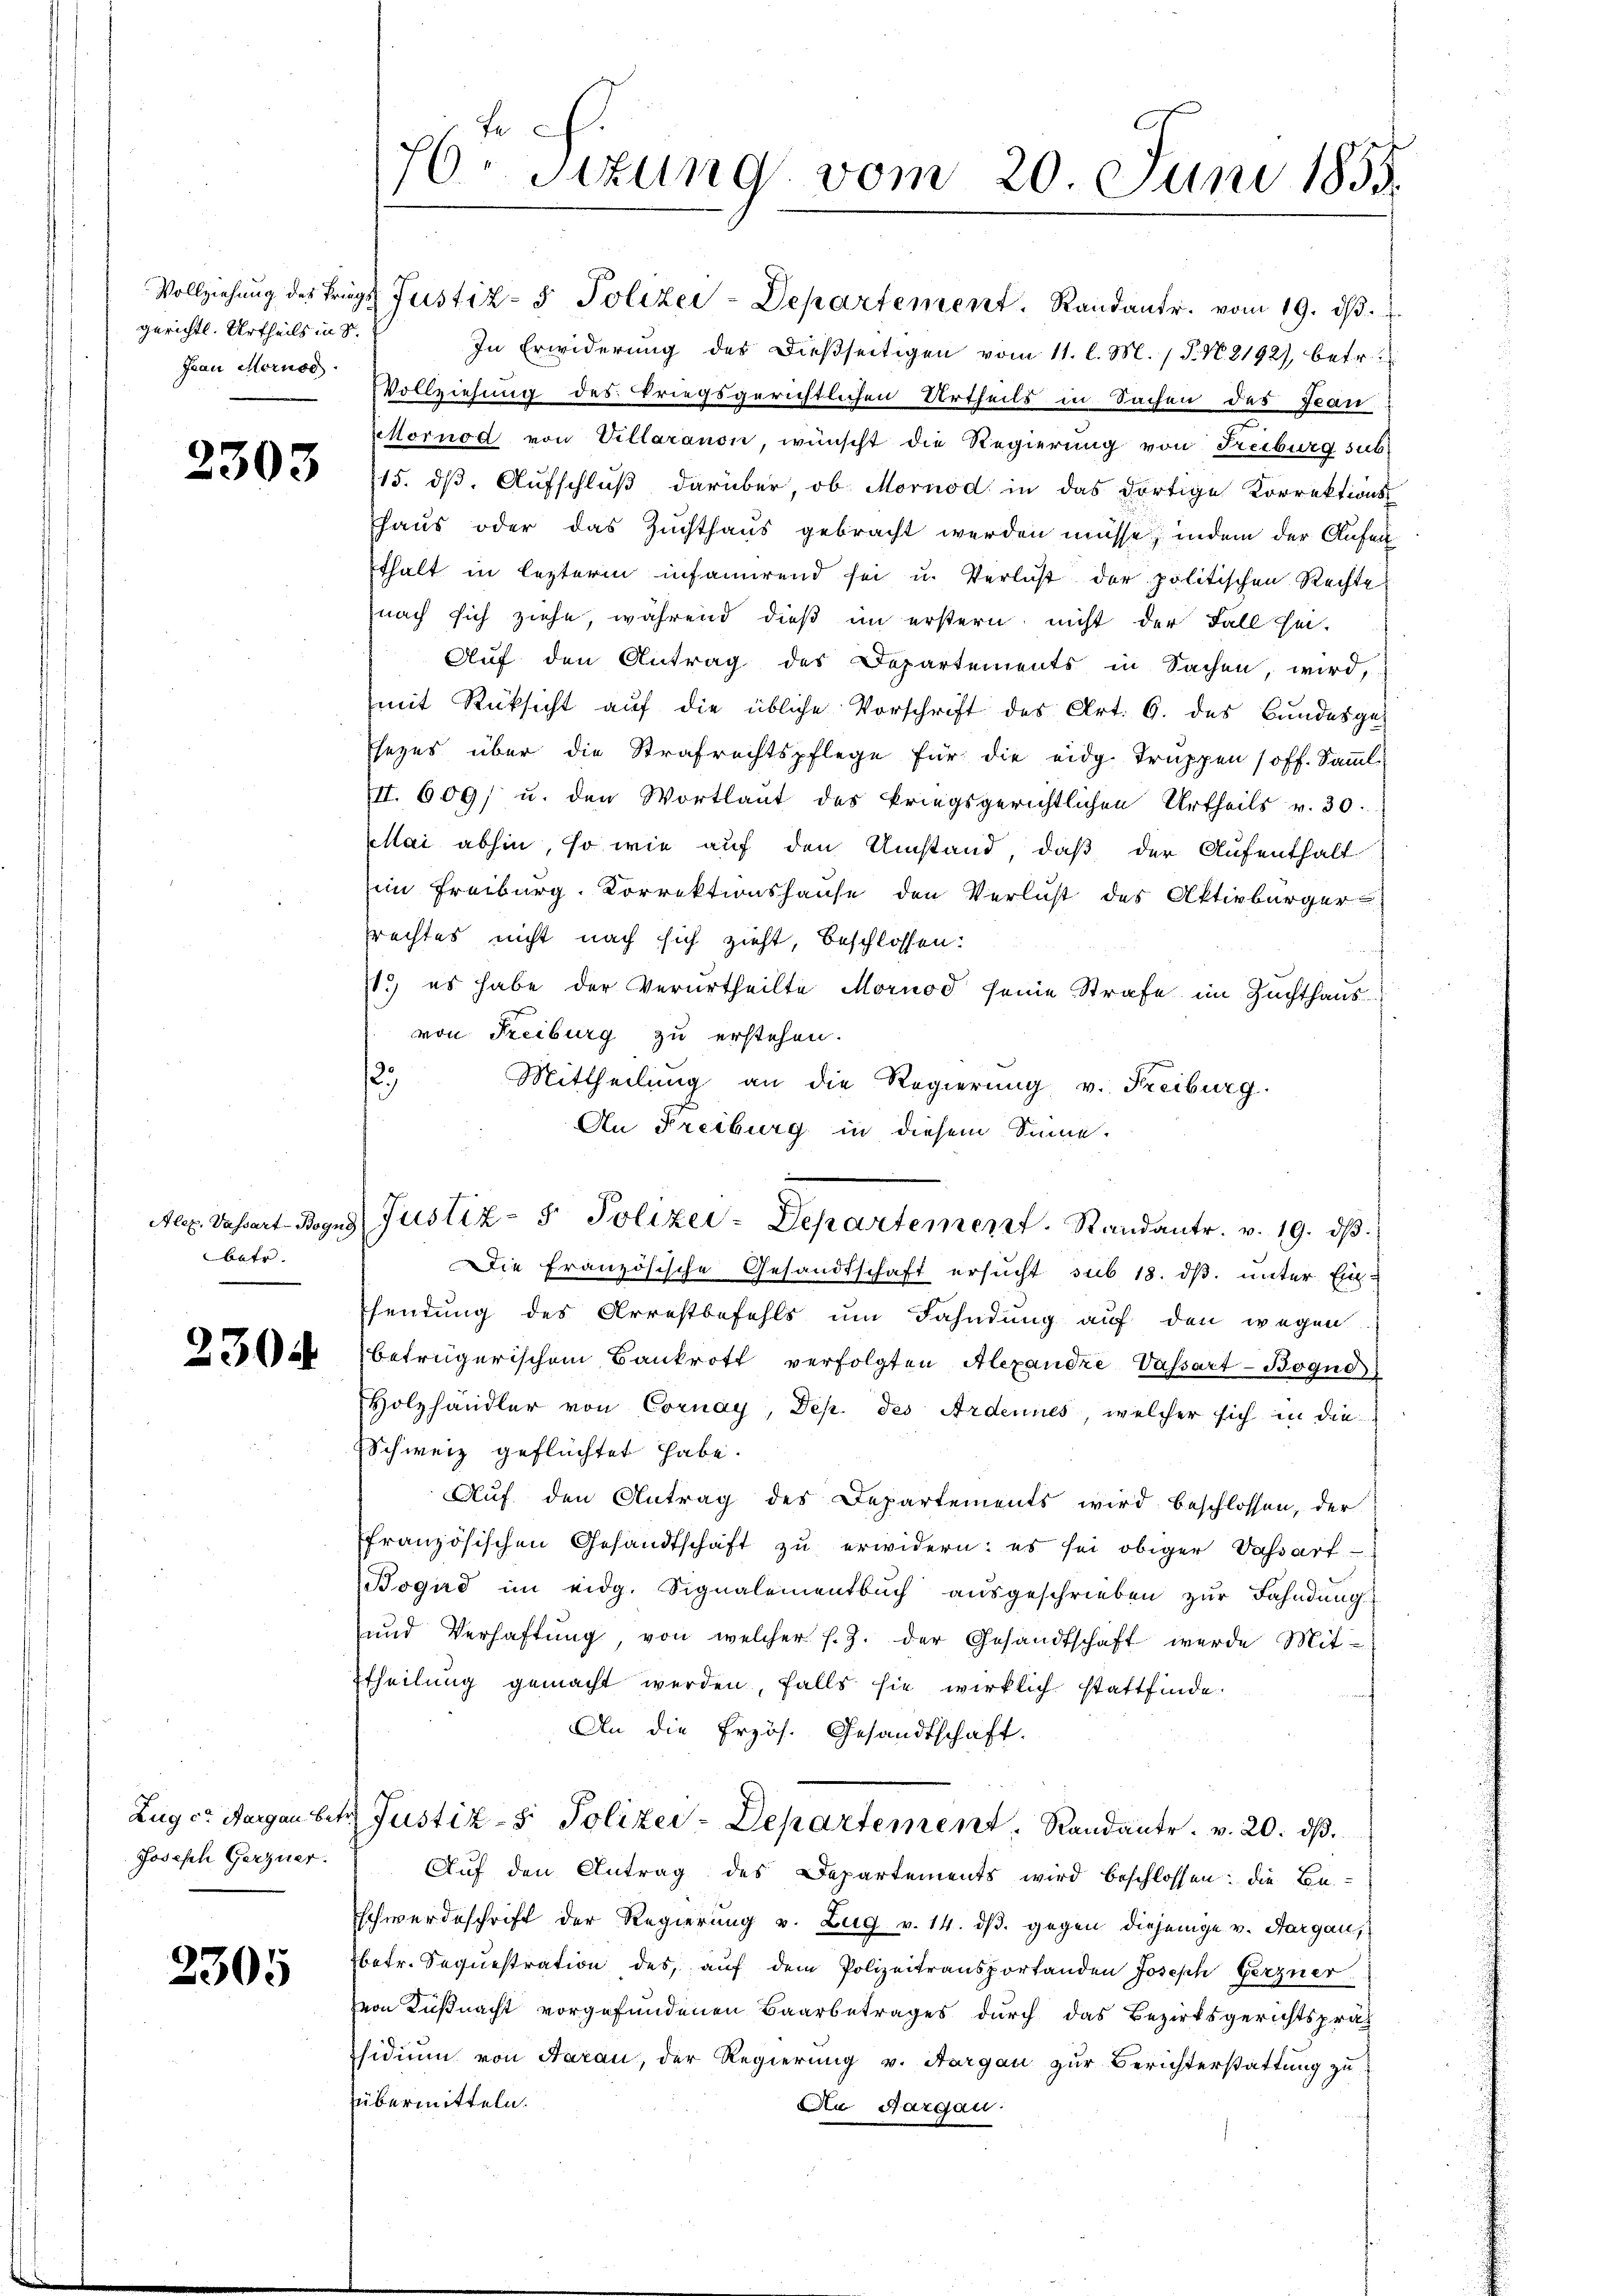
gerichtl. Urtheils in d.
Frau Moruse

2303

betr.

2305.

Zug in Aargau be
Joseph Gerzner.

2305

e
76. Sitzung vom 20. Juni 1855.

Vollziehung des Trages Justiz- & Polizei-Departement. Randantr. vom 19. dβ.
In Erwiderung des dießseitigen vom 11. l. M. P. N. 2192), betr.
Vollziehung des kriegsgerichtlichen Urtheils in Sachen des Fran
Mornod von Villaranon, wünscht die Regierung von Freiburg sub¬
15. dß. Aufschluß darüber, ob Mornod in das dortige Korrektions
Haus oder das Zuchthaus gebracht werden müsse, indem der Aufen
thalt in lezterm infamirend sei u. Verlust der politischen Rechte
nach sich ziehe, während dieß im erstern, nicht der Fall hin-
Auf den Antrag des Departements in Sachen, wird,
mit Rücksicht auf die übliche Vorschrift des Art. 6. des Bundesges
sezes über die Strafrechtspflege für die eidg. Truppen (off. Samml
III. 609/ u. den Wortlaut des kriegsgerichtlichen Urtheils v. 30.
ai abhin, so wie auf den Umstand, daß der Aufenthalt
iin Freiburg, Korrektionshause den Verlust des Aktivbürger
rechtes nicht nach sich zieht, beschlossen:
11.) es habe der Verurtheilte Mornod seine Strafe im Zuchthaus
von Freiburg zu erstehen.
12
Mittheilung an die Regierung v. Freiburg.
An Freiburg in diesem Sinne.
Ale. Dassert Bogus Justiz- & Polizei-Departement. Standantr. v. 19. dβ.
Die Französische Gesandtschaft ersucht sub 18. ds. unter Ein-
heutung des Arrestbefehls um Fahndung auf den wegen
betrügerischem Bankrott verfolgten Alexandre Vassart-Boque
Holzhändler von Cornay, Dep. des Ardeunes, welcher sich in die
Schweiz geflüchtet habe.
Auf den Antrag des Departements wird beschlossen, der
französischen Gesandtschaft zu erwidern: es sei obiger Vassart
Bogud im eidg. Signalementbŭch aŭsgeschrieben zŭr Fahndung
und Verhaftung, von welcher s.Z. der Gesandtschaft wurde Mit-
ttheilung gemacht werden, falls sie wirklich stattfinde.
An die Erzös. Gesandtschaft.
u Justiz- & Polizei-Departement. Randante. v. 20. dβ.
Auf den Antrag des Departements wird beschlossen: die Be-
schwerdeschrift der Regierung v. Zug v. 14. dβ. gegen diejenige v. Aargau,
betr. Sequestration des auf dem Polizeitransportanden Joseph Gerzner
von Küßnacht vorgefundenen Baarbetrages durch das Bezirksgerichtspräs
sidium von Aarau, der Regierung v. Aargau zur Berichterstattung zu
übermitteln.
An Aargau.